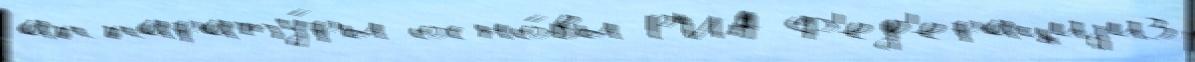
аппарату́ры осно́вы Р'ИА Ф'ед'ерациjи3